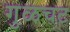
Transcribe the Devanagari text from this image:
गुळचट